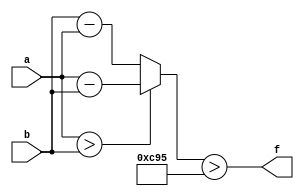
module wce_mit(a, b, f);
parameter _bit = 33;
parameter wce = 3221;
input [_bit - 1: 0] a;
input [_bit - 1: 0] b;
output f;
wire [_bit - 1: 0] diff;
assign diff = (a > b)? (a - b): (b - a);
assign f = (diff > wce);
endmodule